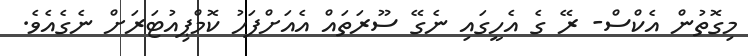
މިގޮތުން އެކްސް- ރޭ ގެ އެހީގައި ނެގޭ ސޫރަތައް އެއަށްފަހު ކޮމްޕިއުޓަރަށް ނެގެއެވެ.